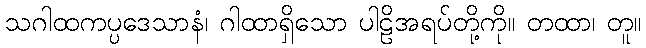
သဂါထကပ္ပဒေသာနံ၊ ဂါထာရှိသော ပါဠိအရပ်တို့ကို။ တထာ၊ တူ။